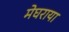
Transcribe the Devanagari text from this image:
मेघराया